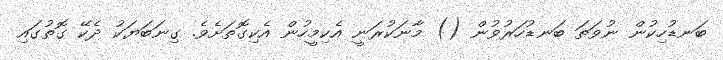
ބަނޑުހިކުން ނުވަތަ ބަނޑުހަރުވުން () މާނަކުރަނީ އެކިމީހުން އެކިގޮތަށެވެ. ގިނަބަޔަކު ދެކޭ ގޮތުގައި